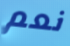
نعم